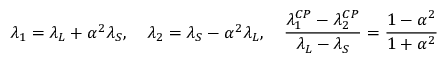
\lambda _ { 1 } = \lambda _ { L } + \alpha ^ { 2 } \lambda _ { S } , \quad \lambda _ { 2 } = \lambda _ { S } - \alpha ^ { 2 } \lambda _ { L } , \quad \frac { \lambda _ { 1 } ^ { C P } - \lambda _ { 2 } ^ { C P } } { \lambda _ { L } - \lambda _ { S } } = \frac { 1 - \alpha ^ { 2 } } { 1 + \alpha ^ { 2 } }